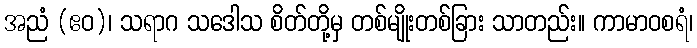
အညံ (ဧဝ)၊ သရာဂ သဒေါသ စိတ်တို့မှ တစ်မျိုးတစ်ခြား သာတည်း။ ကာမာဝစရံ၊